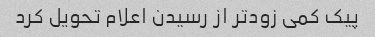
پیک کمی زودتر از رسیدن اعلام تحویل کرد